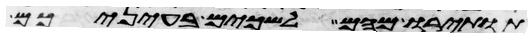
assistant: תותירו מהם לשכים בעיניכם